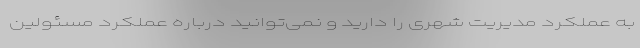
به عملکرد مدیریت شهری را دارید و نمی‌توانید درباره عملکرد مسئولین